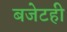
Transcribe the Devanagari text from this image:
बजेटही